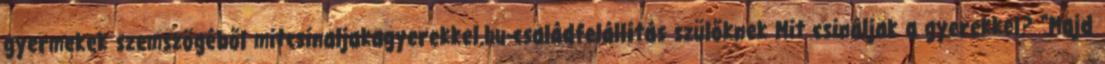
gyermekek szemszögéből mitcsinaljakagyerekkel.hu-családfelállítás szülőknek Mit csináljak a gyerekkel? “Majd